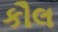
કૌલ